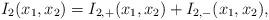
LaTeX: \begin{align*}I_2(x_1, x_2)= I_{2,+} (x_1, x_2) + I_{2,-} (x_1,x_2),\end{align*}